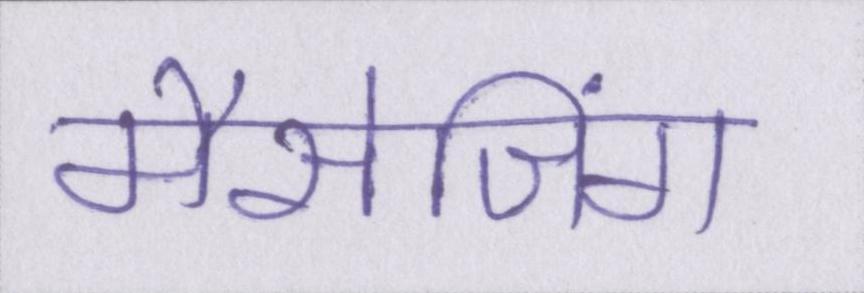
मैसेजिंग